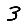
Digit: 3